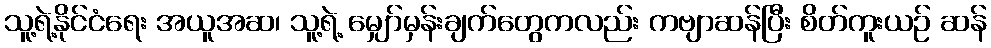
သူ့ရဲ့နိုင်ငံရေး အယူအဆ၊ သူ့ရဲ့ မျှော်မှန်းချက်တွေကလည်း ကဗျာဆန်ပြီး စိတ်ကူးယဉ် ဆန်